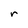
Character: r